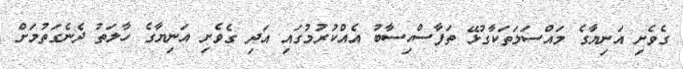
ގެވެށި އަނިޔާގެ މައްސަލަތަކާގުޅޭ ތަފާސްހިސާބު އެއްކުރުމުގައި އަދި ގެވެށި އަނިޔާގެ ހާލަތު ދެނެގަތުމަށް